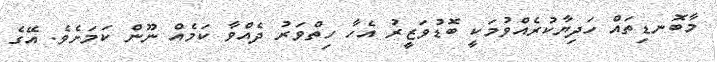
މާބޮނޑިތައް ހަދިޔާކުރެއްވުމަކީ ބޮޑުވަޒީރު އެހާ ހިތްވަރު ދެއްވާ ކަމެއް ނޫން ކަމަށެވެ. އޭގެ